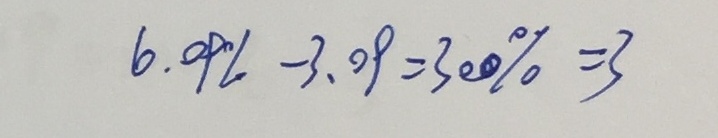
6 0 9 \% - 3 . 0 9 = 3 0 0 \% = 3